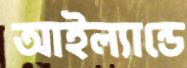
আইল্যান্ডে